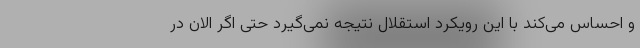
و احساس می‌کند با این رویکرد استقلال نتیجه نمی‌گیرد حتی اگر الان در